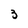
Character: 3